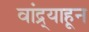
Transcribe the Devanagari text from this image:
वांद्र्याहून